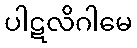
ပါဋလိဂါမေ